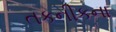
તકનીકના